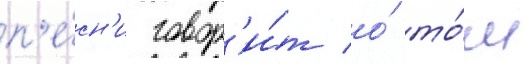
п'е́сн'и говор'и́т о́ то́м